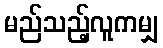
မည်သည့်လူကမျှ